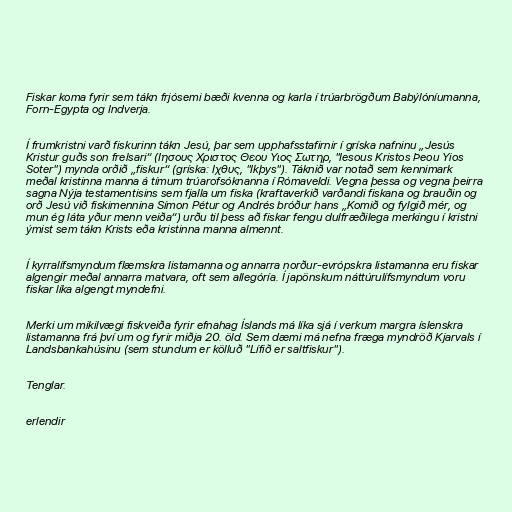
Fiskar koma fyrir sem tákn frjósemi bæði kvenna og karla í trúarbrögðum Babýlóníumanna,
Forn-Egypta og Indverja.

Í frumkristni varð fiskurinn tákn Jesú, þar sem upphafsstafirnir í gríska nafninu „Jesús
Kristur guðs son frelsari“ (Ιησους Χριστος Θεου Υιος Σωτηρ, "Iesous Kristos Þeou Yios
Soter") mynda orðið „fiskur“ (gríska: Ιχθυς, "Ikþys"). Táknið var notað sem kennimark
meðal kristinna manna á tímum trúarofsóknanna í Rómaveldi. Vegna þessa og vegna þeirra
sagna Nýja testamentisins sem fjalla um fiska (kraftaverkið varðandi fiskana og brauðin og
orð Jesú við fiskimennina Símon Pétur og Andrés bróður hans „Komið og fylgið mér, og
mun ég láta yður menn veiða“) urðu til þess að fiskar fengu dulfræðilega merkingu í kristni
ýmist sem tákn Krists eða kristinna manna almennt.

Í kyrralífsmyndum flæmskra listamanna og annarra norður-evrópskra listamanna eru fiskar
algengir meðal annarra matvara, oft sem allegóría. Í japönskum náttúrulífsmyndum voru
fiskar líka algengt myndefni.

Merki um mikilvægi fiskveiða fyrir efnahag Íslands má líka sjá í verkum margra íslenskra
listamanna frá því um og fyrir miðja 20. öld. Sem dæmi má nefna fræga myndröð Kjarvals í
Landsbankahúsinu (sem stundum er kölluð "Lífið er saltfiskur").

Tenglar.

erlendir